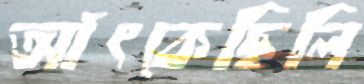
আঁৎকেছিলি